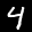
Label: 4